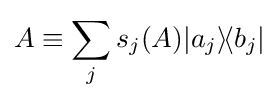
A\equiv \sum _{j}s_{j}(A)|a_{j}\rangle \!\langle b_{j}|